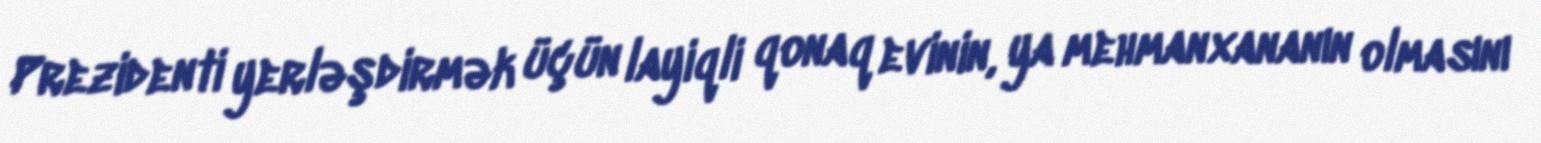
Prezidenti yerləşdirmək üçün layiqli qonaq evinin, ya mehmanxananın olmasını